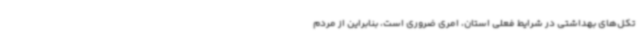
تکل‌های بهداشتی در شرایط فعلی استان، امری ضروری است، بنابراین از مردم